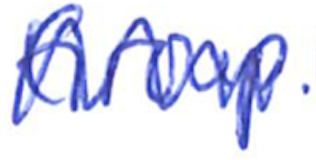
Text: Group
Cross-out: zig-zag
Writing tool: ballpoint